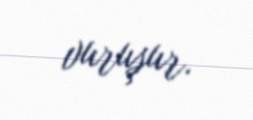
vuruşur.